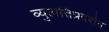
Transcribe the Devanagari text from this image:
व्युत्पत्तिप्रदर्शन